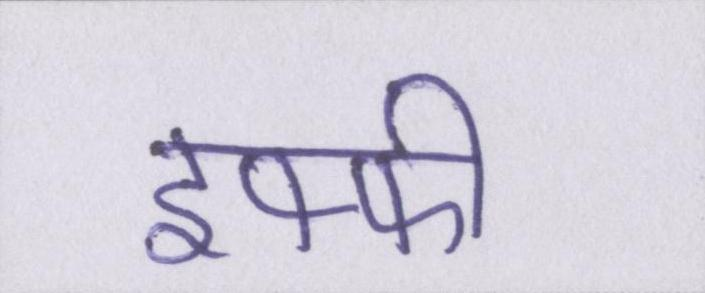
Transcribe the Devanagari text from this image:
इफ्फी